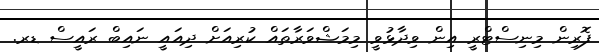
ފޮރިން މިނިސްޓްރީ އިން ވިދާޅުވީ މިމަޝްވަރާތައް ކުރިއަށް ދިއައީ ނައިބް ރައީސް ޑރ.